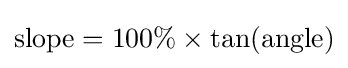
{\mbox{slope}}=100\%\times \tan({\mbox{angle}})